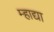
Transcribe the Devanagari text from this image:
म्हाद्या